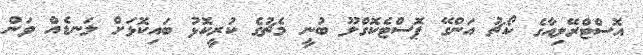
އޮސްޓްރޭލިއާގެ ކޯޗު އަންގޭ ޕޮސްޓެކޮގްލޫ ބުނީ މެޗުގެ ކުރީކޮޅު ބައިކޮޅަށް ލަނޑެއް ވަން